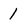
Character: 1